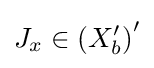
J_{x}\in \left(X_{b}^{\prime }\right)^{\prime }